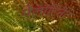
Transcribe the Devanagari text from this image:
पैलाटिनेट